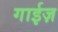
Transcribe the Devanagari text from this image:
गाईज़